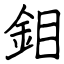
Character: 鉬